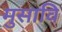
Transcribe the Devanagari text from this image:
मुसावि